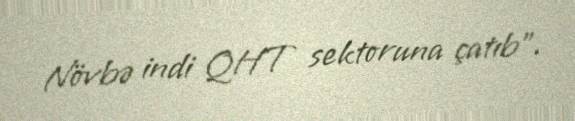
Növbə indi QHT sektoruna çatıb”.